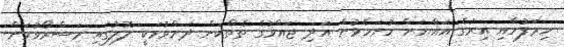
ހިރަފުހާއި އިރުގެ އައްޔަށް ހުށަހެޅުން އަދި ޖައްވުގެ ތެތްކަން ދަށްވުމަކީ ލޮލުގައި މަސްރޯވުމަށް